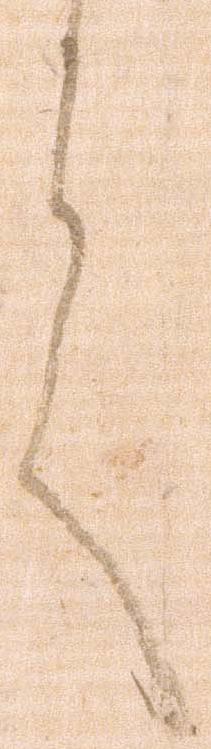
言